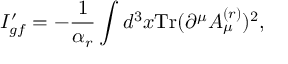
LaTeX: I _ { g f } ^ { \prime } = - \frac { 1 } { \alpha _ { r } } \int d ^ { 3 } x \mathrm { T r } ( \partial ^ { \mu } A _ { \mu } ^ { ( r ) } ) ^ { 2 } ,